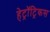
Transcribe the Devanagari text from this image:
हेट्रॉट्रिकस